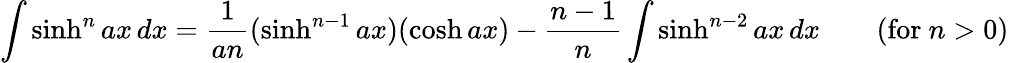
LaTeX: \int\sinh^{n}ax\, dx={\frac{1}{an}}(\sinh^{n-1}ax)(\cosh ax)-{\frac{n-1}{n}}\int\sinh^{n-2}ax\, dx\qquad{\mathrm{(for~}}n>0{\mathrm{)}}